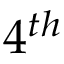
4 ^ { t h }